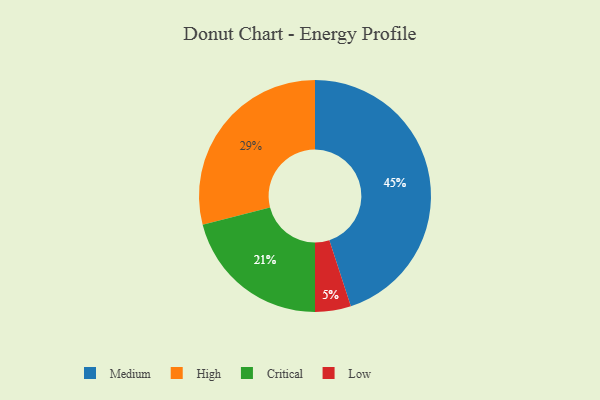
{"axis": {"x": "Category", "y": "Percentage"}, "legend": ["Critical", "High", "Low", "Medium"], "data": [{"x": "Low", "y": 5, "type": "Low"}, {"x": "High", "y": 29, "type": "High"}, {"x": "Medium", "y": 45, "type": "Medium"}, {"x": "Critical", "y": 21, "type": "Critical"}]}